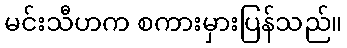
မင်းသီဟက စကားမှားပြန်သည်။